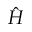
\hat { H }